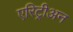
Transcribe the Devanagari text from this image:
एरिट्रीअन